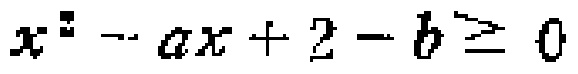
\(x^{2}-ax + 2 - b\geq0\)